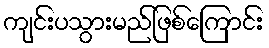
ကျင်းပသွားမည်ဖြစ်ကြောင်း